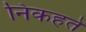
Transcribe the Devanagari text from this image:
निकहते